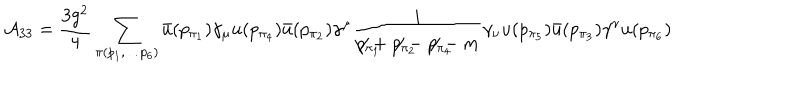
LaTeX: { \cal A } _ { 3 3 } = \frac { 3 g ^ { 2 } } { 4 } \sum _ { \pi ( p _ { 1 } , \ldots p _ { 6 } ) } \bar { u } ( p _ { \pi _ { 1 } } ) \gamma _ { \mu } u ( p _ { \pi _ { 4 } } ) \bar { u } ( p _ { \pi _ { 2 } } ) \gamma ^ { \mu } \frac { i } { p _ { \pi _ { 1 } } \! \! \! \! \! \! \! / + p _ { \pi _ { 2 } } \! \! \! \! \! \! \! / - p _ { \pi _ { 4 } } \! \! \! \! \! \! \! / - m } \gamma _ { \nu } u ( p _ { \pi _ { 5 } } ) \bar { u } ( p _ { \pi _ { 3 } } ) \gamma ^ { \nu } u ( p _ { \pi _ { 6 } } )